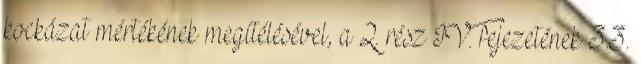
kockázat mértékének megítélésével, a 2. rész IV. fejezetének 3.3.